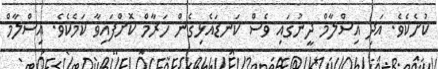
ކުށެކެވެ. އަދި އިސްލާމް ދީނުގައި ވެސް ކަނޑައެޅިގެން ހަރާމް ކޮށްފައިވާ ކަމެކެވެ. އިސްލާމް